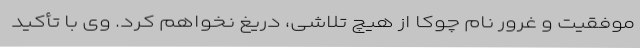
موفقیت و غرور نام چوکا از هیچ تلاشی، دریغ نخواهم کرد. وی با تأکید